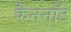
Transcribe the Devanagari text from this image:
कैननॉट